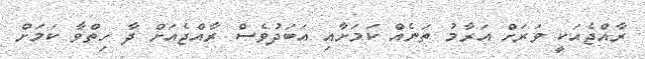
ރާއްޖެއަކީ ވަރަށް އަރާމު ތަނެއް ކަމަށާއި އަބަދުވެސް ރާއްޖެއަށް ދާ ހިތްވާ ކަމަށް